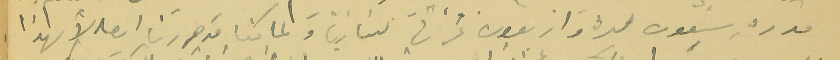
قدره سَبعون ليرة واربعون غرشاً لبنانياً ولما كنا قد حررنا ايصالاً بهذا